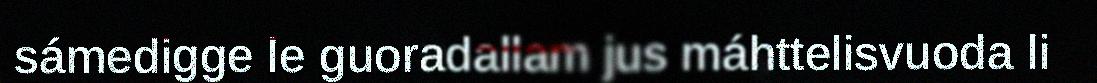
sámedigge le guoradallam jus máhttelisvuoda li